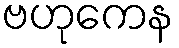
ဗဟုကေန